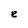
Character: e